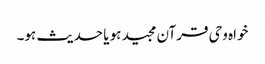
خواہ وحی قرآن مجید ہو یا حدیث ہو۔